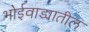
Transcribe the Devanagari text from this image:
भोईवाड्यातील